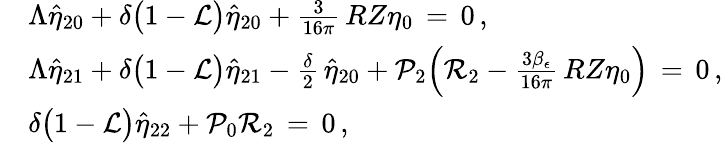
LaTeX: \begin{array}{rl}&{\Lambda\hat{\eta}_{20}+\delta\bigl(1-\mathcal{L}\bigr)\hat{\eta}_{20}+\frac{3}{16\pi}\, RZ\eta_{0}\, =\, 0\, ,}\\ &{\Lambda\hat{\eta}_{21}+\delta\bigl(1-\mathcal{L}\bigr)\hat{\eta}_{21}-\frac{\delta}{2}\, \hat{\eta}_{20}+\mathcal{P}_{2}\Bigl(\mathcal{R}_{2}-\frac{3\beta_{\epsilon}}{16\pi}\, RZ\eta_{0}\Bigr)\, =\, 0\, ,}\\ &{\delta\bigl(1-\mathcal{L}\bigr)\hat{\eta}_{22}+\mathcal{P}_{0}\mathcal{R}_{2}\, =\, 0\, ,}\end{array}